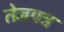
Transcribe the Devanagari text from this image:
तेजपत्र